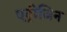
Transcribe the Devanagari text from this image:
एट्रीजिन